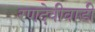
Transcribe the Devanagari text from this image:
रणदेवीवाडी